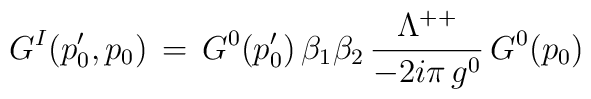
G^I(p'_0,p_0)\,=\,G^0(p'_0)\,\beta_1\beta_2\,{\Lambda^{++}\over-2i\pi\,g^0}\,G^0(p_0)